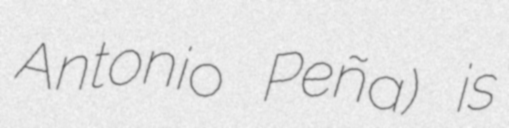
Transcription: Antonio Peña) is